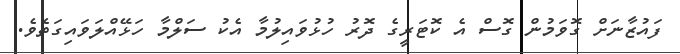
ފައުޒާނަށް ގޮވަމުން ގޮސް އެ ކޮޓަރީގެ ދޮރު ހުޅުވައިލުމާ އެކު ސަލްމާ ހަޅޭއްލަވައިގަތެވެ.